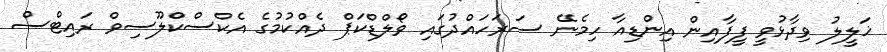
ޚަލީލު ވިދާޅުވީ ފީފާއިން އިންޑިއާ ހިމެނޭ ސަރަހައްދުގައި ވޯލްޑްކަޕް ދެއްކުމުގެ އެކްސްކްލޫސިވް ރައިޓްސް